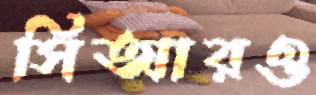
সিআরও